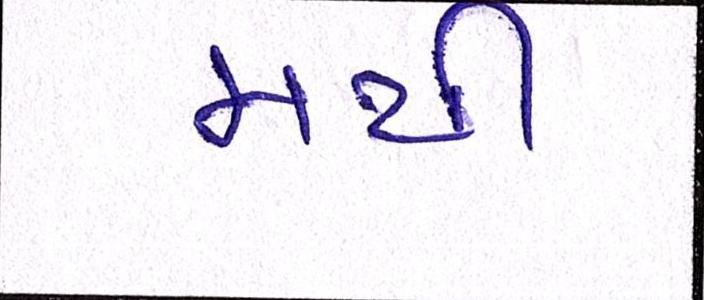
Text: મથી